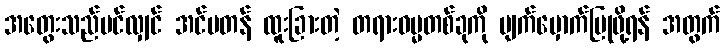
အတွေးသည်ပင်လျှင် အင်မတန် ထူးခြားတဲ့ တရားဓမ္မတစ်ခုကို မျက်မှောက်ပြုဖို့ရန် အတွက်